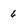
Character: 6